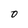
Character: 0